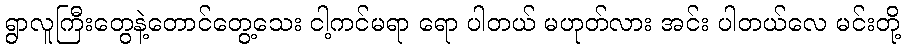
ရွာလူကြီးတွေနဲ့တောင်တွေ့သေး ငါ့ကင်မရာ ရော ပါတယ် မဟုတ်လား အင်း ပါတယ်လေ မင်းတို့